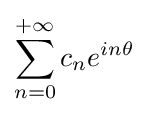
\sum _{n=0}^{+\infty }c_{n}e^{in\theta }